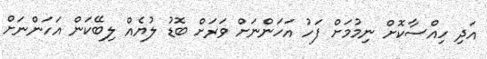
އަދި ހިއްސާކޮށް ނިމުމަށް ފަހު އަހަންނަށް ވަރަށް ބޮޑު ލުޔެއް ލިބޭކަން އަހަންނަށް